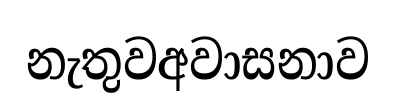
නැතුවඅවාසනාව